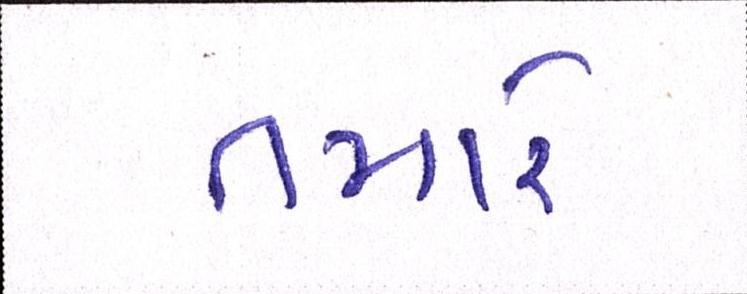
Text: તમારે